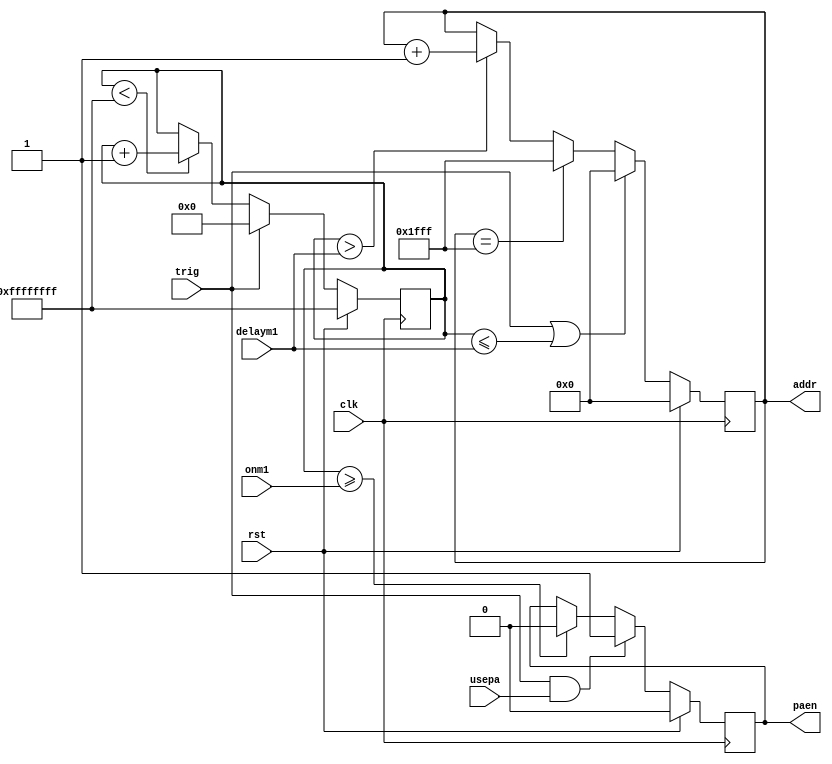

module tx_main #(parameter ADDRBITS = 13)
  (
   input 		     clk,
   input 		     rst,      // opposite of run

   input 		     trig,     // assumed one-show

   output reg [ADDRBITS-1:0] addr,  
   output reg 		     paen,     // turns on at trigger

   input                     usepa,
   input [31:0] 	     delaym1,  // delay to addr start
   input [31:0] 	     onm1      // delay to paen stop
   );

   reg [31:0] cntr;
   reg 	      rst_t1;
   
   always @(posedge clk) begin
   
      rst_t1 <= rst;

      if (rst)
	cntr <= 32'hFFFF_FFFF;
      else
	if (trig)
	  cntr <= 0;
	else if (cntr < 32'hFFFF_FFFF)
	  cntr <= cntr + 'b1;
      
      if (rst)
	paen <= 0;
      else
	if (trig && usepa)
	  paen <= 1;
	else if (cntr >= onm1)
	  paen <= 0;

      if (rst)
	addr <= 0;
      else if (trig || cntr <= delaym1)
	addr <= 0;
      else if (addr == { ADDRBITS {1'b1} })
	addr <= { ADDRBITS {1'b1} };
      else if (cntr > delaym1)
	addr <= addr + 'b1;
	   
   end

endmodule